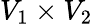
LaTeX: V_{1}\times V_{2}